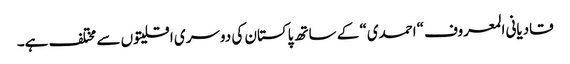
قادیانی المعروف “احمدی“ کے ساتھ پاکستان کی دوسری اقلیتوں سے مختلف ہے۔